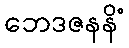
ဘေဒဇနနိံ